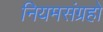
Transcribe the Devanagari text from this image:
नियमसंग्रहो